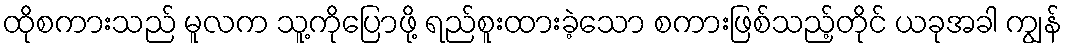
ထိုစကားသည် မူလက သူ့ကိုပြောဖို့ ရည်စူးထားခဲ့သော စကားဖြစ်သည့်တိုင် ယခုအခါ ကျွန်